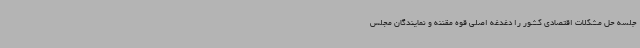
جلسه حل مشکلات اقتصادی کشور را دغدغه اصلی قوه مقننه و نمایندگان مجلس